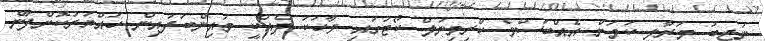
ނަޖީބު މަރާލި ކަމަށް އެއްބަސްވެ ކްރިމިނަލް ކޯޓުގައި ވާހަކަ ދެއްކީ މައިންބަފައިން ހައްޔަރުކޮށްފާނެ